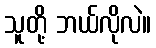
သူတို့ ဘယ်လိုလဲ။